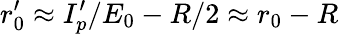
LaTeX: r_{0}^{\prime}\approx I_{p}^{\prime}/E_{0}-R/2\approx r_{0}-R